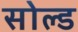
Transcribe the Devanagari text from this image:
सोल्‍ड